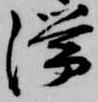
滞